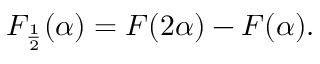
{ \cal F } _ { \frac { 1 } { 2 } } ( \alpha ) = { \cal F } ( 2 \alpha ) - { \cal F } ( \alpha ) .